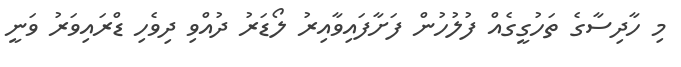
މި ހާދިސާގެ ތަހުގީގެއް ފުލުހުން ފަށާފައިވާއިރު ލޯޑަރު ދުއްވި ދިވެހި ޑްރައިވަރު ވަނީ